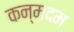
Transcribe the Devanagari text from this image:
कन्मदम